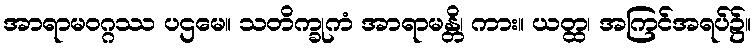
အာရာမဝဂ္ဂဿ ပဌမေ။ သတိက္ခုကံ အာရာမန္တိ၊ ကား။ ယတ္ထ၊ အကြင်အရပ်၌။